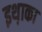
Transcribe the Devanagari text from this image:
इथ़ाका